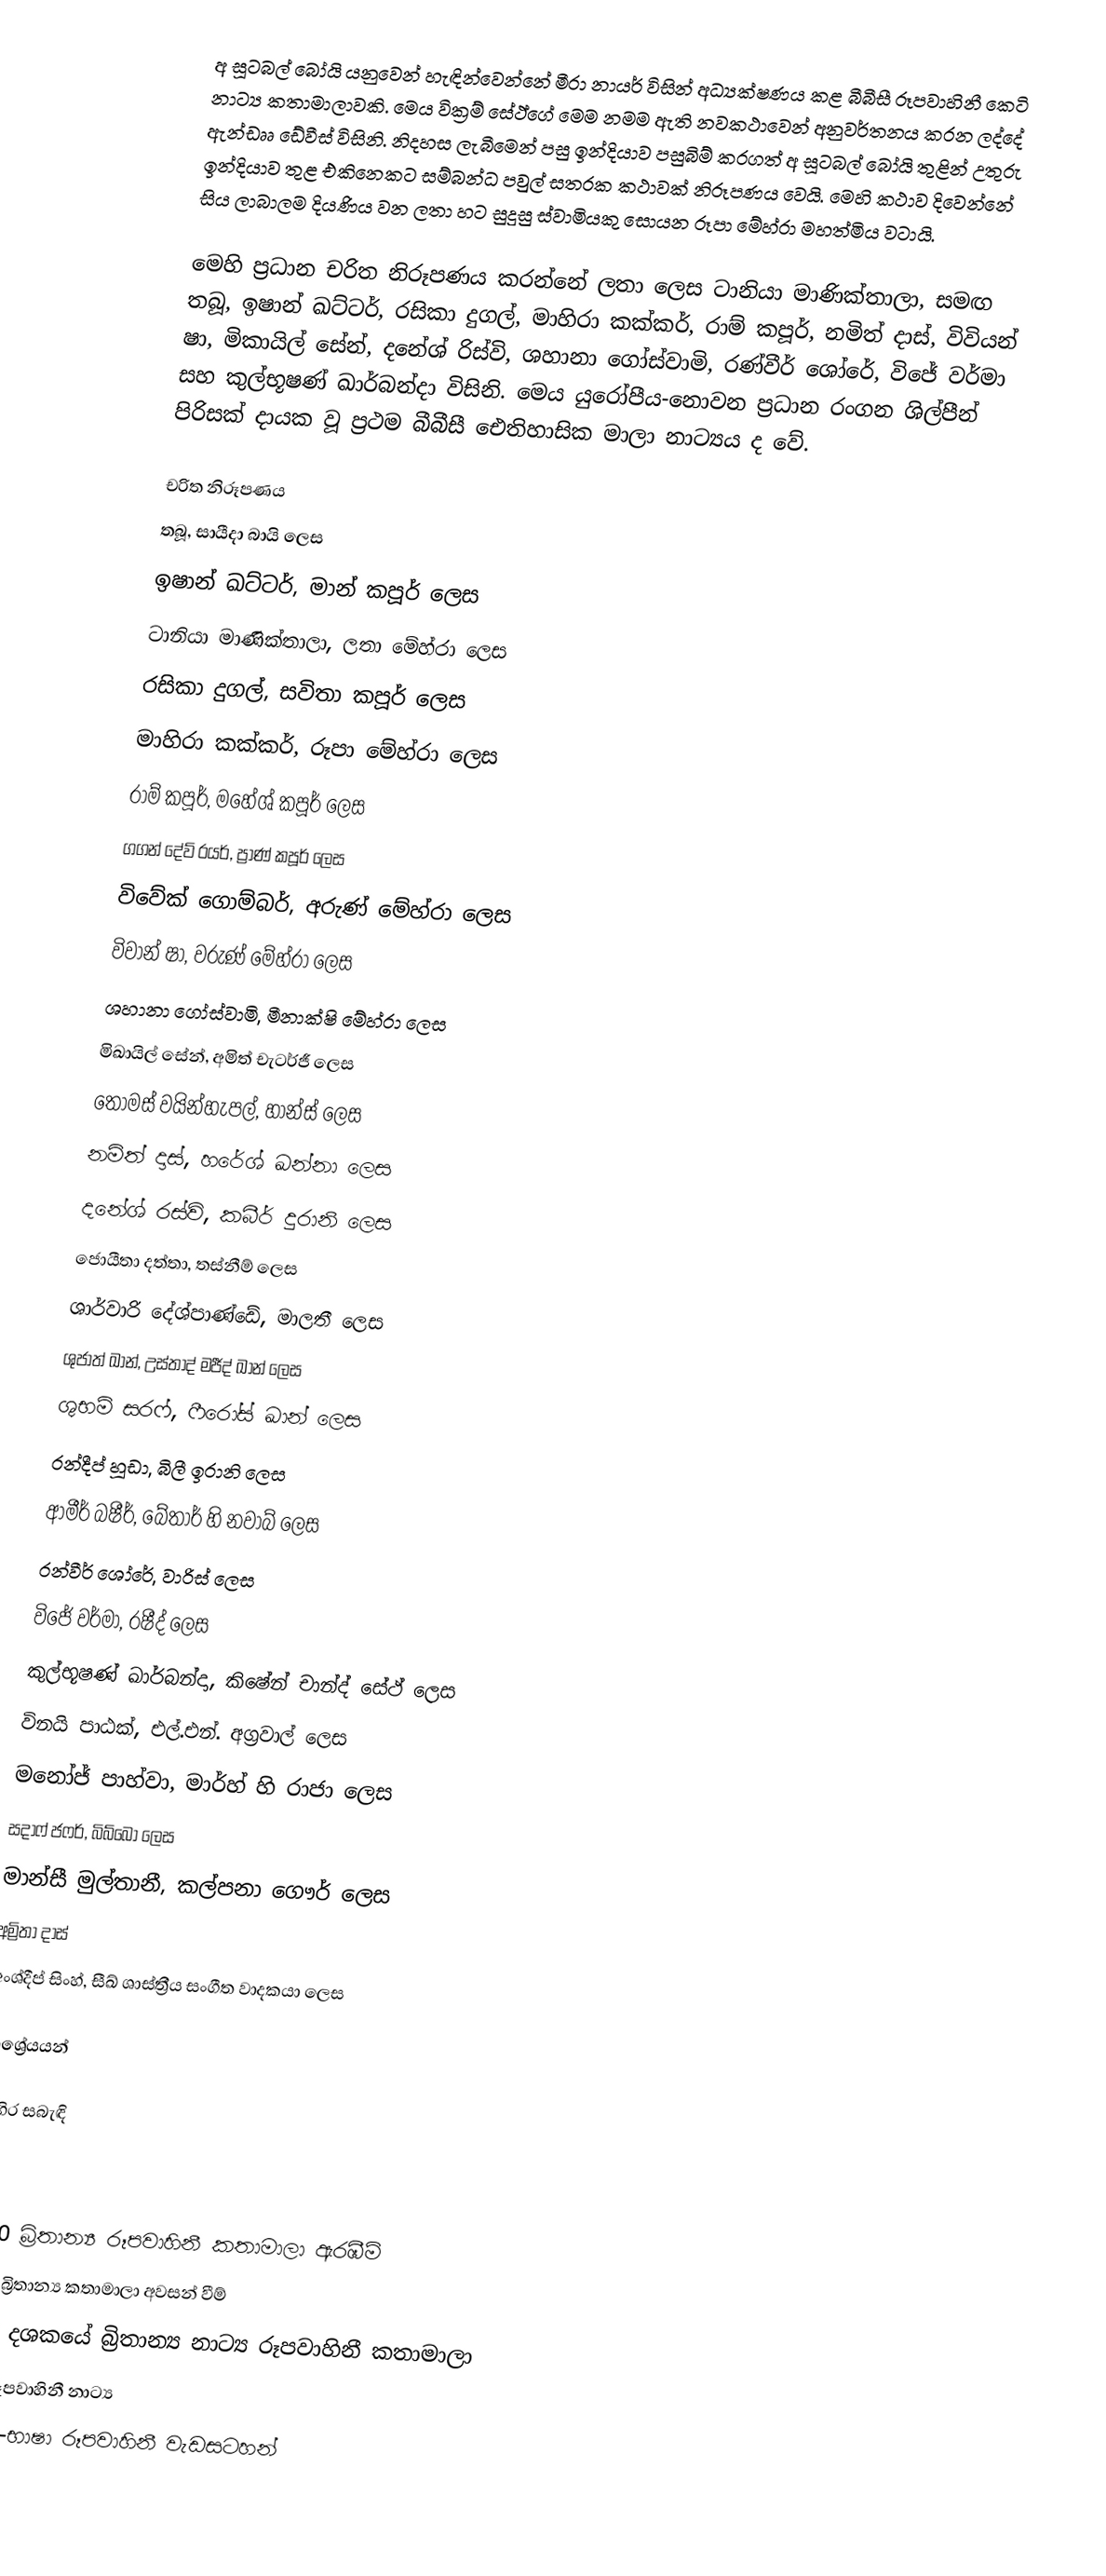
අ සූටබල් බෝයි යනුවෙන් හැඳින්වෙන්නේ මීරා නායර් විසින් අධ්‍යක්ෂණය කළ බීබීසී රූපවාහිනී කෙටි නාට්‍ය කතාමාලාවකි. මෙය වික්‍රම් සේථ්ගේ මෙම නමම ඇති නවකථාවෙන් අනුවර්තනය කරන ලද්දේ ඇන්ඩෲ ඩේවීස් විසිනි. නිදහස ලැබීමෙන් පසු ඉන්දියාව පසුබිම් කරගත් අ සූටබල් බෝයි තුළින් උතුරු ඉන්දියාව තුළ එකිනෙකට සම්බන්ධ පවුල් සතරක කථාවක් නිරූපණය වෙයි. මෙහි කථාව දිවෙන්නේ සිය ලාබාලම දියණිය වන ලතා හට සුදුසු ස්වාමියකු සොයන රූපා මේහ්රා මහත්මිය වටායි.

මෙහි ප්‍රධාන චරිත නිරූපණය කරන්නේ ලතා ලෙස ටානියා මාණික්තාලා, සමඟ තබූ, ඉෂාන් ඛට්ටර්, රසිකා දුගල්, මාහිරා කක්කර්, රාම් කපූර්, නමිත් දාස්, විවියන් ෂා, මිකායිල් සේන්, දනේශ් රිස්වි, ශහානා ගෝස්වාමි, රණ්වීර් ශෝරේ, විජේ වර්මා සහ කුල්භූෂණ් ඛාර්බන්දා විසිනි. මෙය යුරෝපීය-නොවන ප්‍රධාන රංගන ශිල්පීන් පිරිසක් දායක වූ ප්‍රථම බීබීසී ඓතිහාසික මාලා නාට්‍යය ද වේ.

චරිත නිරූපණය
 තබූ, සායීදා බායි ලෙස
 ඉෂාන් ඛට්ටර්, මාන් කපූර් ලෙස
 ටානියා මාණික්තාලා, ලතා මේහ්රා ලෙස
 රසිකා දුගල්, සවිතා කපූර් ලෙස
 මාහිරා කක්කර්, රූපා මේහ්රා ලෙස
 රාම් කපූර්, මහේශ් කපූර් ලෙස
 ගගන් දේව් රයර්, ප්‍රාණ් කපූර් ලෙස
 විවේක් ගොම්බර්, අරුණ් මේහ්රා ලෙස
 විවාන් ෂා, වරුණ් මේහ්රා ලෙස
 ශහානා ගෝස්වාමි, මීනාක්ෂි මේහ්රා ලෙස
 මිඛායිල් සේන්, අමිත් චැටර්ජී ලෙස
 තෝමස් වයින්හැපල්, හාන්ස් ලෙස
 නමිත් දාස්, හරේශ් ඛන්නා ලෙස
 දනේශ් රස්වි, කබීර් දුරානි ලෙස
 ජොයීතා දත්තා, තස්නීම් ලෙස
 ශාර්වාරි දේශ්පාණ්ඩේ, මාලතී ලෙස
 ශුජාත් ඛාන්, උස්තාද් මජීද් ඛාන් ලෙස
 ශුභම් සරෆ්, ෆීරෝස් ඛාන් ලෙස
 රන්දීප් හූඩා, බිලී ඉරානි ලෙස
 ආමීර් බෂීර්, බේතාර් හි නවාබ් ලෙස
 රන්වීර් ශෝරේ, වාරිස් ලෙස
 විජේ වර්මා, රෂීද් ලෙස
 කුල්භූෂණ් ඛාර්බන්දා, කිෂේන් චාන්ද් සේථ් ලෙස
 විනයි පාඨක්, එල්.එන්. අග්‍රවාල් ලෙස
 මනෝජ් පාහ්වා, මාර්හ් හි රාජා ලෙස
 සදාෆ් ජෆර්, බිබ්බෝ ලෙස
 මාන්සී මුල්තානී, කල්පනා ගෞර් ලෙස
 අම්‍රිතා දාස්
 අංශ්දීප් සිංහ්, සීඛ් ශාස්ත්‍රීය සංගීත වාදකයා ලෙස

ආශ්‍රේයයන්

බාහිර සබැඳි

2020 බ්‍රිතාන්‍ය රූපවාහිනී කතාමාලා ඇරඹීම්
2020 බ්‍රිතාන්‍ය කතාමාලා අවසන් වීම්
2020 දශකයේ බ්‍රිතාන්‍ය නාට්‍ය රූපවාහිනී කතාමාලා
බීබීසී රූපවාහිනී නාට්‍ය
ඉංග්‍රීසි-භාෂා රූපවාහිනී වැඩසටහන්